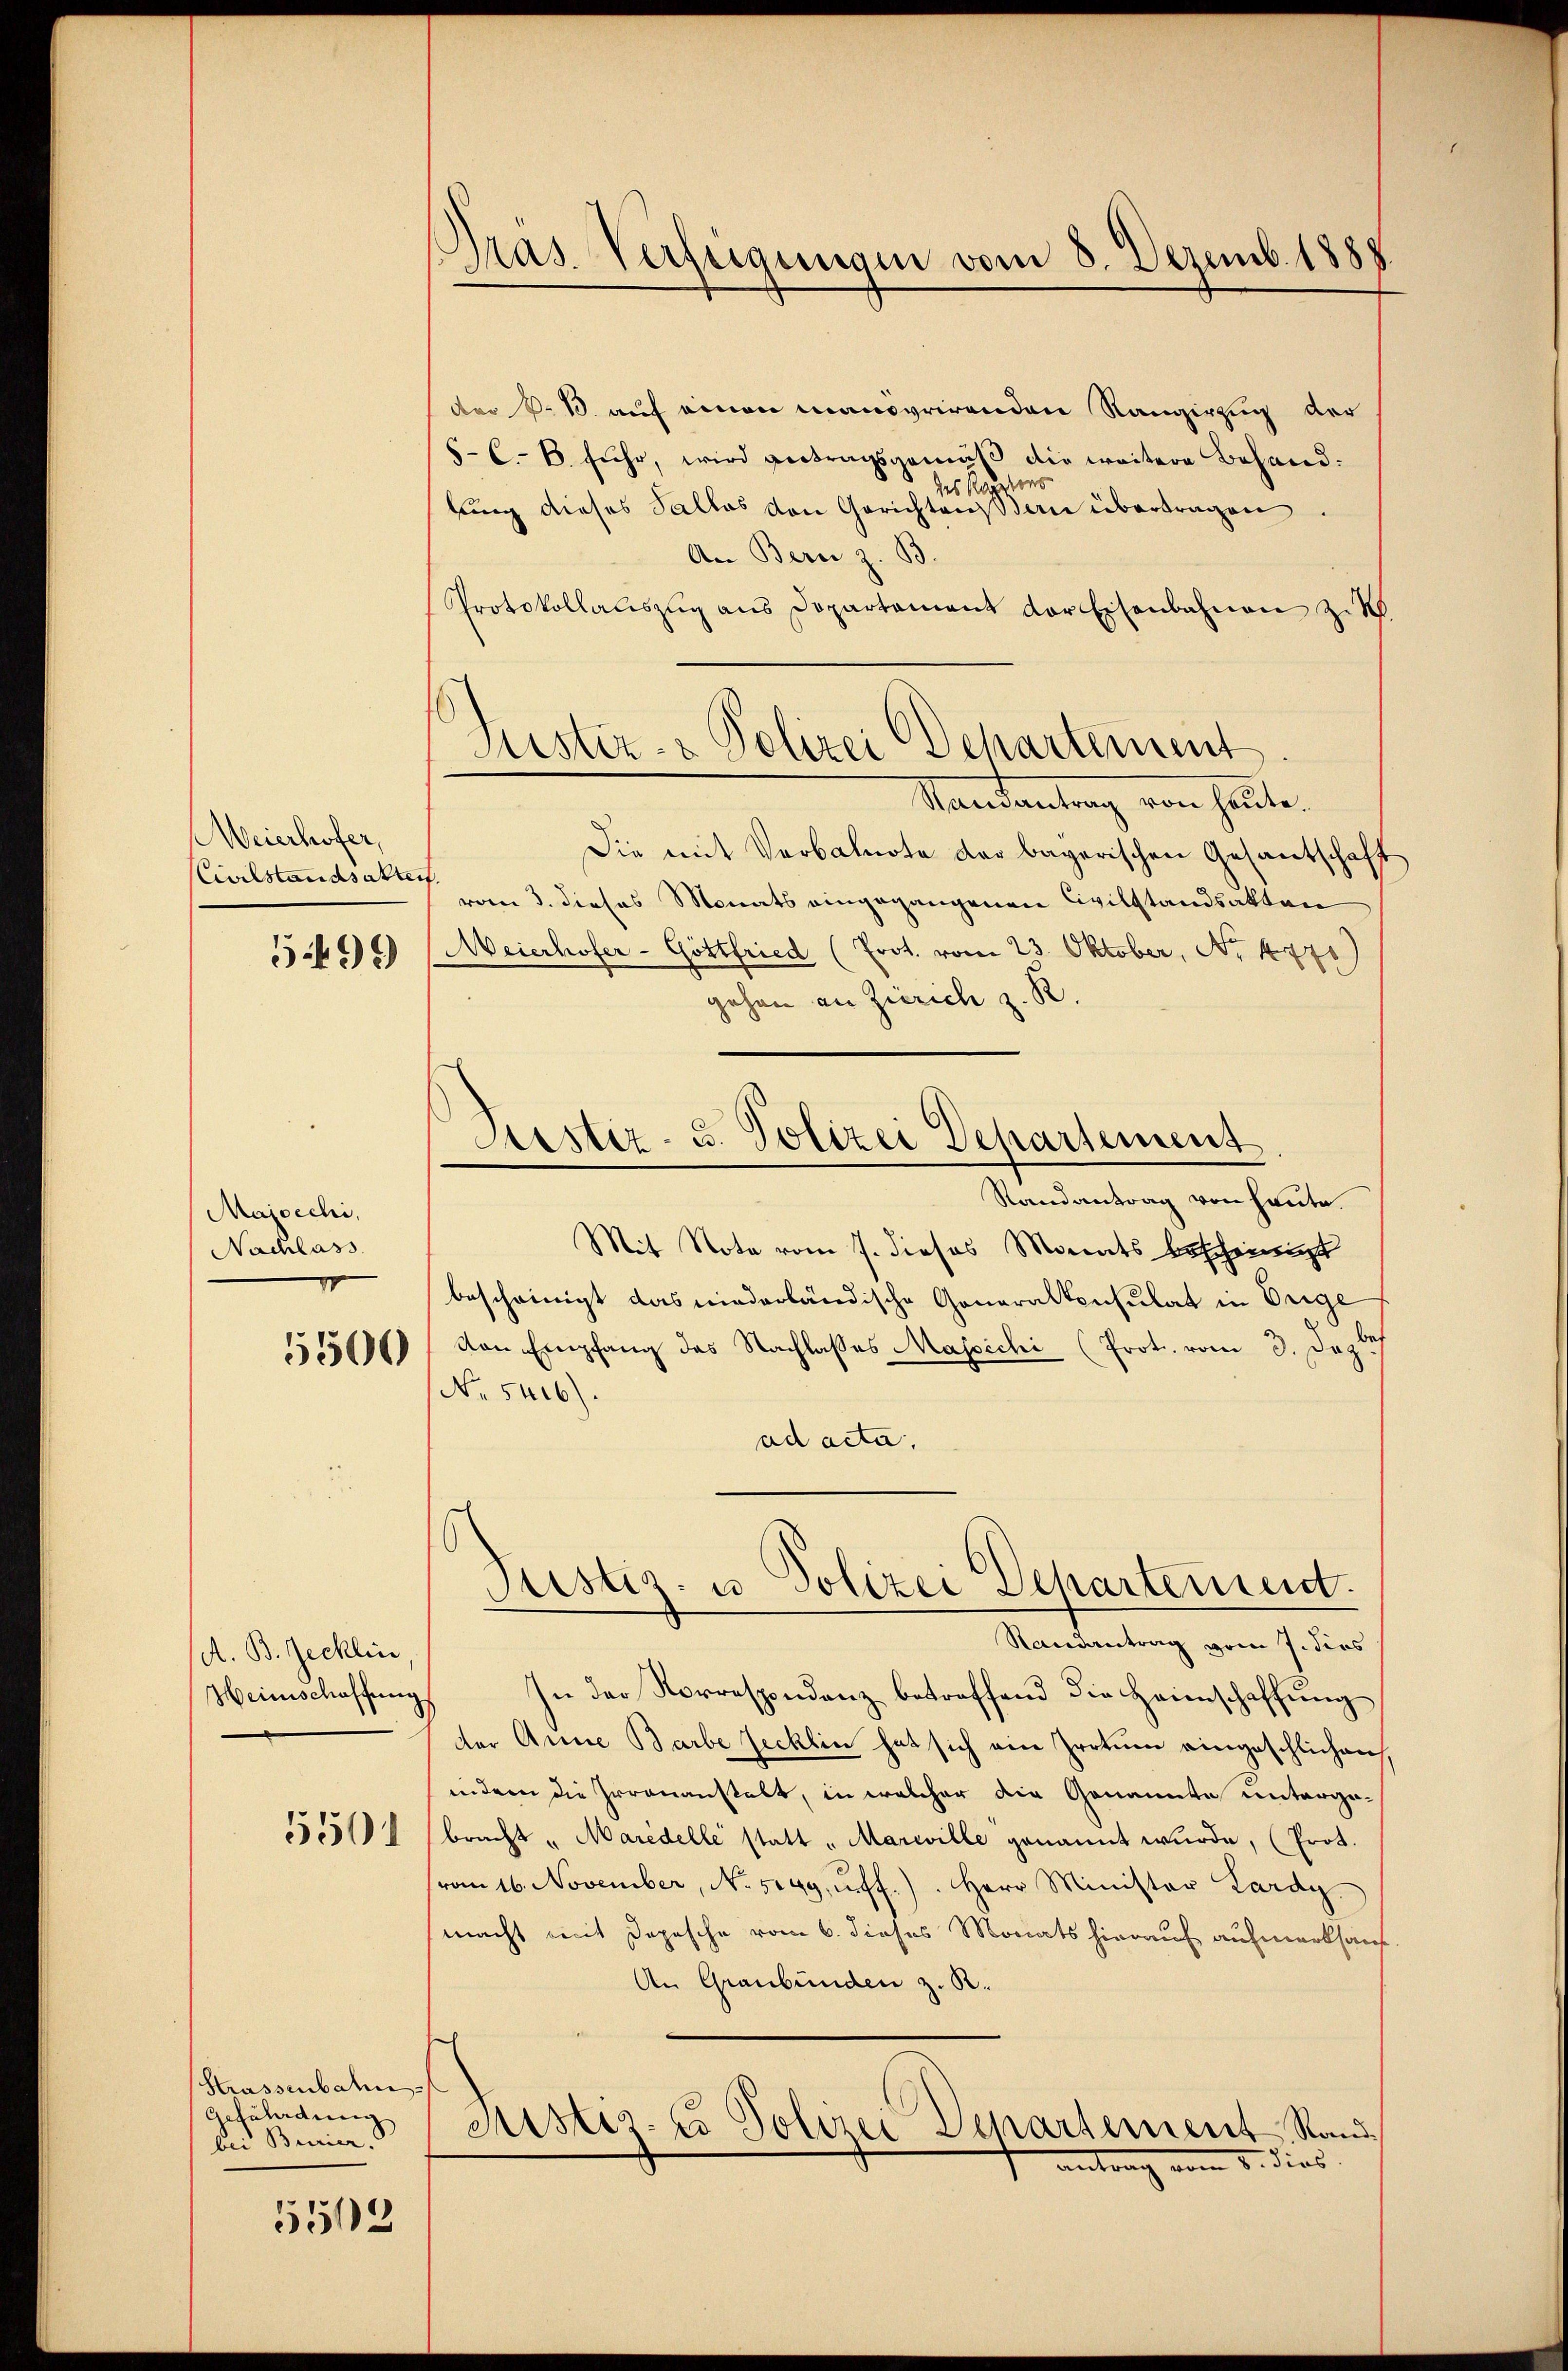
Weierhofer,
Civilstandsakter
5499

Majocchi,
Nachlass
1

5500

A. B. Jecklin
Heinschaffung
5501

Krassenbahn
Gefährdung
bei Burrier.

5502

Pras-Verfügungen vom 8. Dezemb. 1888.

Justiz- & Polizei Departement.

der S. 1. auf einen manovrirenden Rangirzug der
5-C.- 6. fuhr, wird getragsgemäß die weitere Behanddes Kapelins
lung dieses Salles von Gerichten Bern übertragen.
An Bern z. B.
Protokollatiszŭg ans Departament der Eisenbahnen zu S.
Randantrag von heute.
Die mit Verbalnote der bayerischen Gesantschaft
¬
vom 3. dieses Monats eingegangenen Civilstandsakten
Meierhofer - Gottfried (Prot. vom 23. Oktober, No 1470)
gehen an Zürich z. R.
Mit Note vom 7. dieses Monats bescheinigt
bescheinigt das niederländische Generalkonsulat in Orige
von Empfang des Nachlasses Majichi (Prot. vom 3. Jezt
No 5416).
ad acta.
Justiz- u. Polizei Departement.
Randantrag vom 7. dies
In der Korrespondenz betreffend die Heimschaffung
der Anna Barbe Jecklin hat sich ein Irrtum eingeschlichen,
indem die Irrenanstalt, in welcher die Genannte untergabracht "Maredelle statt „Marwille genannt wurde, (Prot.
vom 16. November, No. 549. ff.). Herr Minister Lardy
macht mit Depesche vom 6. dieses Monats hierauf aufmerksam
An Graubünden z. B.
Justiz- & Polizei Departement, Rand
. dies

Justiz- u. Polizei Departement
Randantrag von heute.